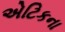
એટિકના